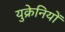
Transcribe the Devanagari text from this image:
युक्रेनियों